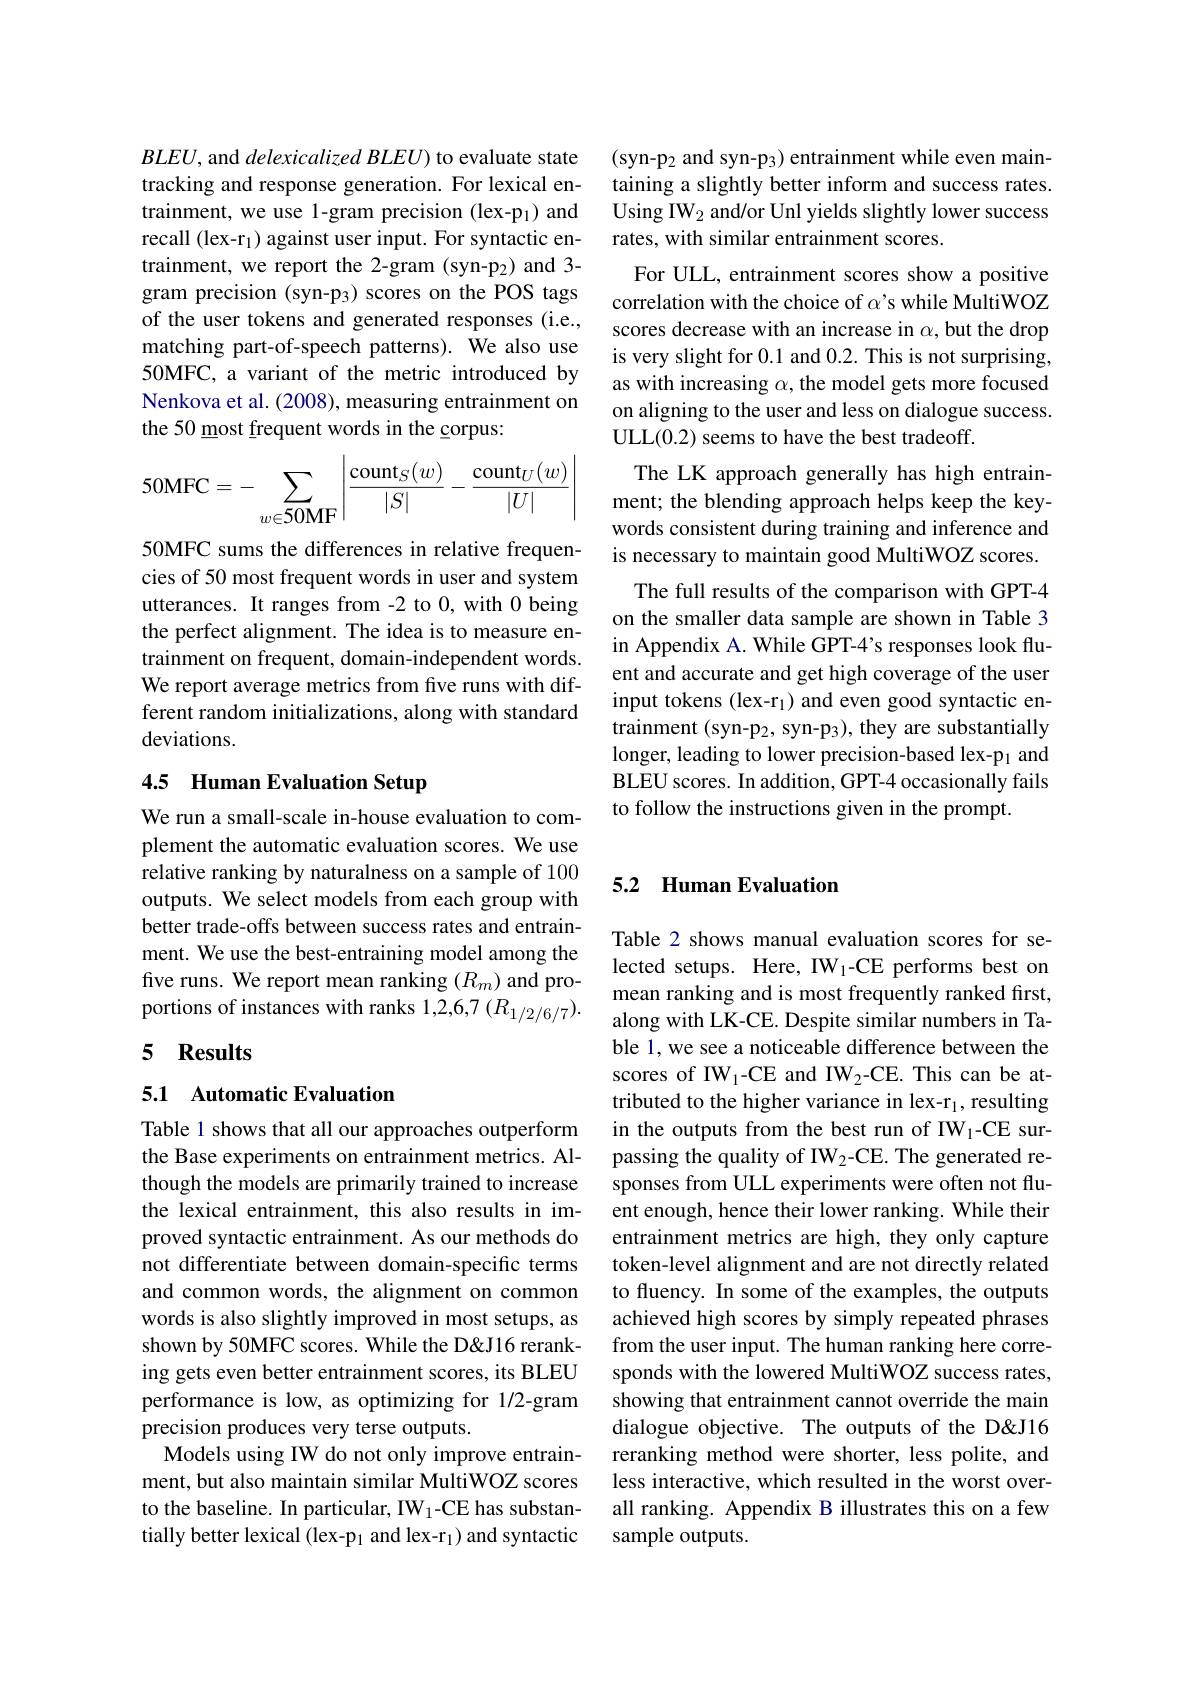
$BLEU$, and delexicalized BLEU) to evaluate state tracking and response generation. For lexical entrainment, we use 1-gram precision (lex-p$_1)$ and recall (lex-r$_1)$ against user input. For syntactic entrainment, we report the 2-gram (syn-p$_2)$ and 3- gram precision (syn-p3) scores on the POS tags of the user tokens and generated responses (i.e., matching part-of-speech patterns). We also use 50MFC, a variant of the metric introduced by Nenkova et al. (2008), measuring entrainment on the 50 most frequent words in the corpus:
$$50\text{MFC}=-\sum_{w\in\text{50MF}}\left|\frac{\text{count}_S(w)}{|S|}-\frac{\text{count}_U(w)}{|U|}\right|$$
50MFC sums the differences in relative frequencies of 50 most frequent words in user and system utterances. It ranges from -2 to 0, with 0 being the perfect alignment. The idea is to measure entrainment on frequent, domain-independent words. We report average metrics from five runs with different random initializations, along with standard deviations.

## 4.5 Human Evaluation Setup

We run a small-scale in-house evaluation to complement the automatic evaluation scores. We use relative ranking by naturalness on a sample of 100 outputs. We select models from each group with better trade-offs between success rates and entrainment. We use the best-entraining model among the five runs. We report mean ranking $(R_m)$ and proportions of instances with ranks 1,2,6,7 (R{}}}}}1/2/6/7}).

## 5 Results

## 5.1 Automatic Evaluation

Table 1 shows that all our approaches outperform the Base experiments on entrainment metrics. Although the models are primarily trained to increase the lexical entrainment, this also results in improved syntactic entrainment. As our methods do not differentiate between domain-specific terms and common words, the alignment on common words is also slightly improved in most setups, as shown by 50MFC scores. While the D&J16 reranking gets even better entrainment scores, its BLEU performance is low, as optimizing for 1/2-gram precision produces very terse outputs.
Models using IW do not only improve entrainment, but also maintain similar MultiWOZ scores to the baseline. In particular, IW$_1$-CE has substantially better lexical (lex-p$_1$ and lex-r$_1)$ and syntactic

(syn-p_2 and syn-p_3) entrainment while even maintaining a slightly better inform and success rates. Using IW$_2$ and/or Unl yields slightly lower success rates, with similar entrainment scores.
For ULL, entrainment scores show a positive correlation with the choice of $\alpha’$s while MultiWOZ scores decrease with an increase in $\alpha$,but the drop is very slight for 0.1 and 0.2. This is not surprising, as with increasing $\alpha$, the model gets more focused on aligning to the user and less on dialogue success. ULL(0.2) seems to have the best tradeoff.
The LK approach generally has high entrainment; the blending approach helps keep the keywords consistent during training and inference and is necessary to maintain good MultiWOZ scores. The full results of the comparison with GPT-4 on the smaller data sample are shown in Table 3 in Appendix A. While GPT-4's responses look fluent and accurate and get high coverage of the user input tokens (lex-r$_1)$ and even good syntactic entrainment (syn-p$_2$, syn-p$_3)$, they are substantially longer, leading to lower precision-based lex-p and BLEU scores. In addition, GPT-4 occasionally fails to follow the instructions given in the prompt.

### 5.2 Human Evaluation

Table 2 shows manual evaluation scores for selected setups. Here, IW1-CE performs best on mean ranking and is most frequently ranked first, along with LK-CE. Despite similar numbers in Table 1, we see a noticeable difference between the scores of IW$_1$-CE and IW$_2$-CE. This can be attributed to the higher variance in lex-r$_1$, resulting in the outputs from the best run of IW1-CE surpassing the quality of IW2-CE. The generated responses from ULL experiments were often not fluent enough, hence their lower ranking. While their entrainment metrics are high, they only capture token-level alignment and are not directly related to fluency. In some of the examples, the outputs achieved high scores by simply repeated phrases from the user input. The human ranking here corresponds with the lowered MultiWOZ success rates, showing that entrainment cannot override the main dialogue objective. The outputs of the D&J16 reranking method were shorter, less polite, and less interactive, which resulted in the worst overall ranking. Appendix B illustrates this on a few sample outputs.